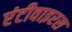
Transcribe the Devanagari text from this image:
एंटीवाइरस